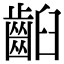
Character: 齨